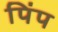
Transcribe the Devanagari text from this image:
पिंप